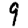
Digit: 9